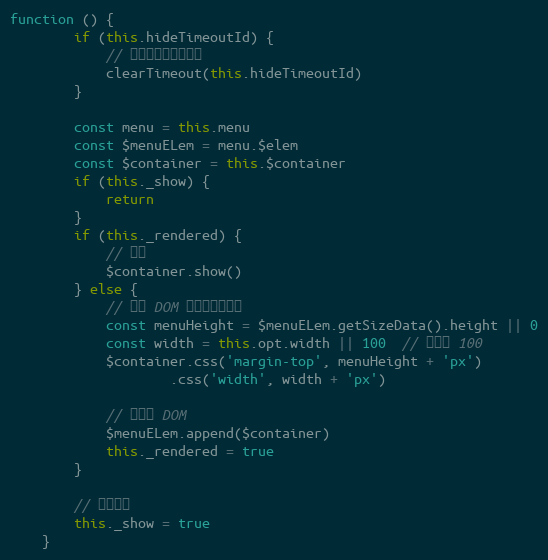
Language: JavaScript
function () {
        if (this.hideTimeoutId) {
            // 清除之前的定时隐藏
            clearTimeout(this.hideTimeoutId)
        }

        const menu = this.menu
        const $menuELem = menu.$elem
        const $container = this.$container
        if (this._show) {
            return
        }
        if (this._rendered) {
            // 显示
            $container.show()
        } else {
            // 加入 DOM 之前先定位位置
            const menuHeight = $menuELem.getSizeData().height || 0
            const width = this.opt.width || 100  // 默认为 100
            $container.css('margin-top', menuHeight + 'px')
                    .css('width', width + 'px')

            // 加入到 DOM
            $menuELem.append($container)
            this._rendered = true
        }

        // 修改属性
        this._show = true
    }